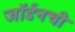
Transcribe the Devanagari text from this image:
जॉर्डनची